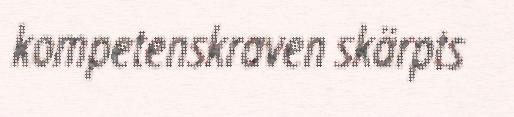
kompetenskraven skärpts